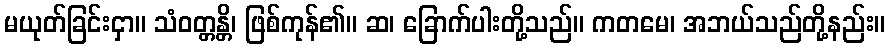
မယုတ်ခြင်းငှာ။ သံဝတ္တန္တိ၊ ဖြစ်ကုန်၏။ ဆ၊ ခြောက်ပါးတို့သည်။ ကတမေ၊ အဘယ်သည်တို့နည်း။